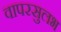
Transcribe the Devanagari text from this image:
वापरसुलभ